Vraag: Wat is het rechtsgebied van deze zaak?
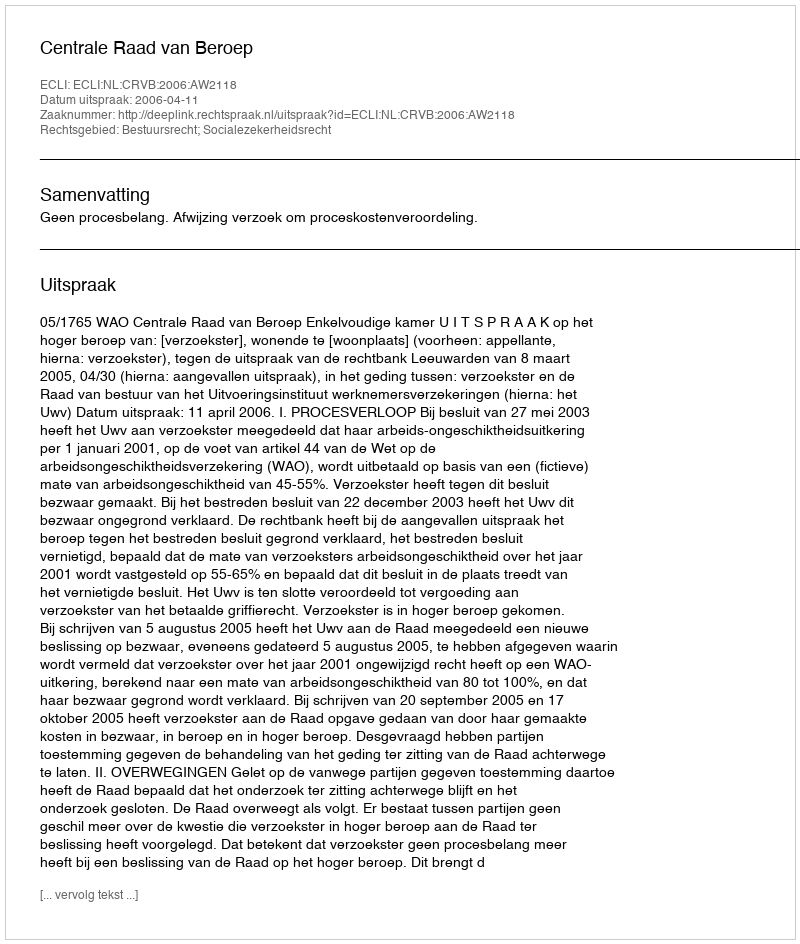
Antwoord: Bestuursrecht; Socialezekerheidsrecht